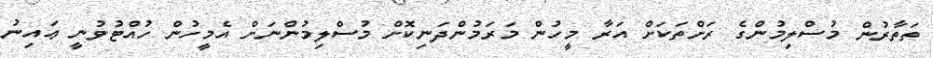
ތަތާރުން މުސްލިމުންގެ ރަށްތަކަށް އަރާ މީހުން މަރަމުންދަނިކޮށް މުސްލިމުންނަށް އެމީހުން ހުއްޓުވުނީ ޢައިނު